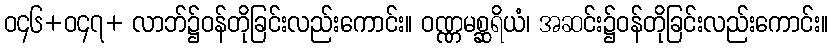
ဝ၄၆+ဝ၄၇+ လာဘ်၌ဝန်တိုခြင်းလည်းကောင်း။ ဝဏ္ဏမစ္ဆရိယံ၊ အဆင်း၌ဝန်တိုခြင်းလည်းကောင်း။